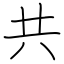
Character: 共